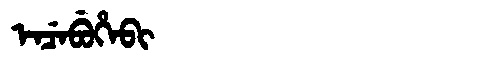
Manchu: ᡝᠨᠴᡝᠪᡠᡥᡝᠪᡳ
Romanization: ENCEBUHEBI